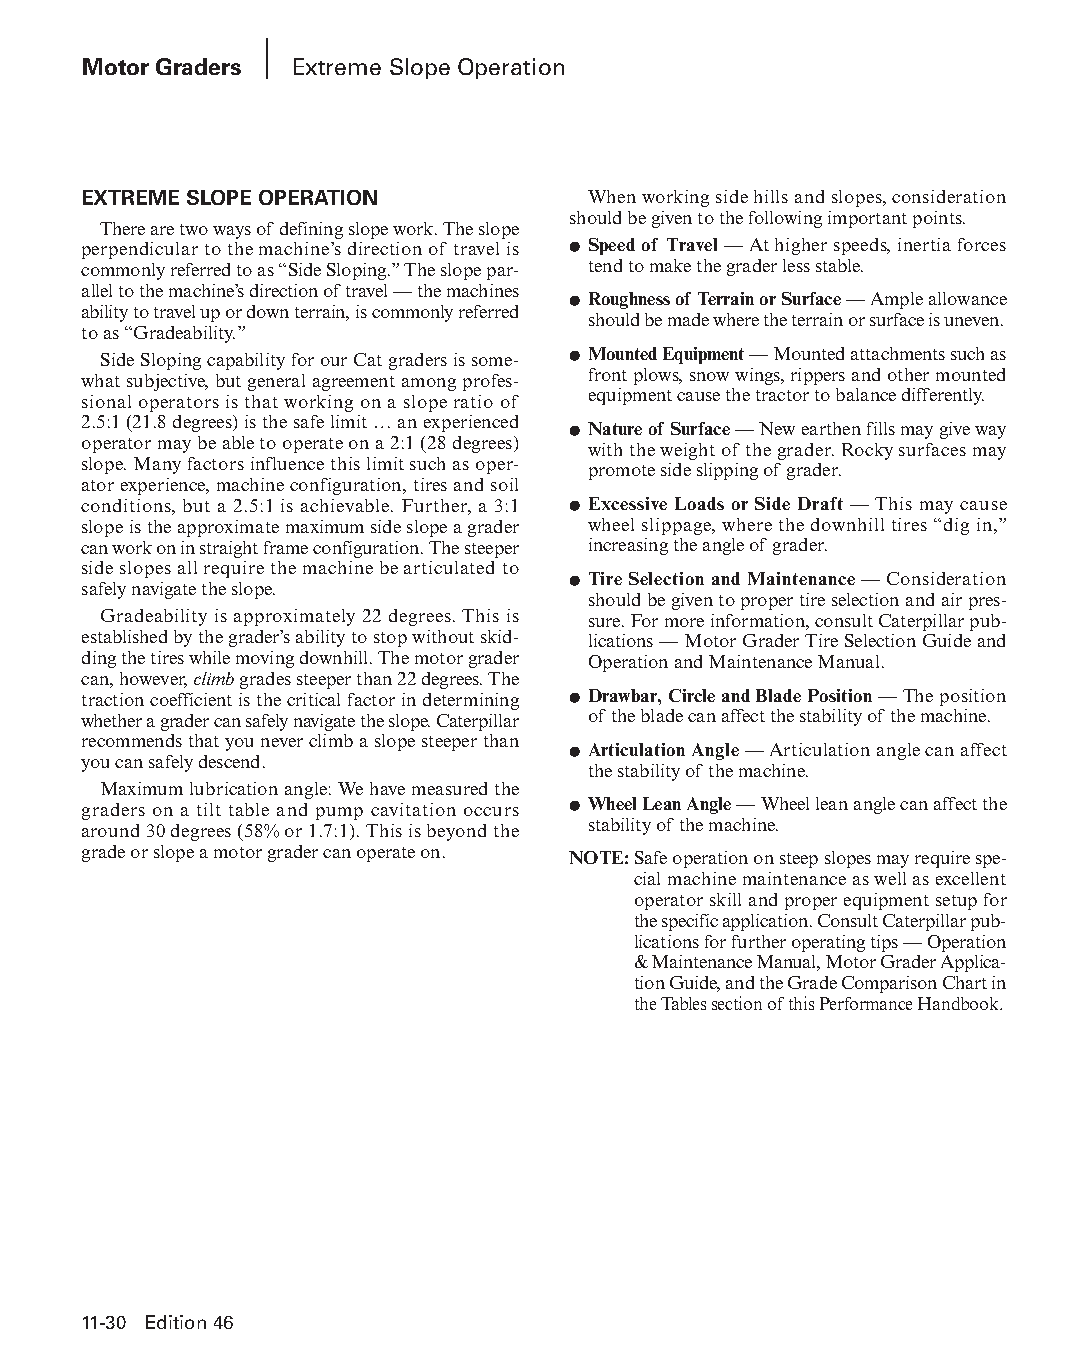
Motor Graders Extreme Slope Operation
 EXTREME SLOPE OPERATION          When working side hills and slopes, consideration
 should be given to the following important points.
 There are two ways of defining slope work. The slope
 perpendicular to the machine’s direction of travel is ● Speed of Travel — At higher speeds, inertia forces
 commonly referred to as “Side Sloping.” The slope par- tend to make the grader less stable.
 al lel to the machine’s direction of travel — the machines
 ● Roughness of Terrain or Surface — Ample allowance
 ability to travel up or down terrain, is com monly referred
 should be made where the terrain or surface is uneven.
 to as “Gradeability.”
 Side Sloping capability for our Cat graders is some- ● Mounted Equipment — Mounted attachments such as
 what subjective, but general agreement among pro fes- front plows, snow wings, rippers and other mounted
 sional operators is that working on a slope ratio of equipment cause the tractor to balance differently.
 2.5:1 (21.8 degrees) is the safe limit … an experienced
 ● Nature of Surface — New earthen fills may give way
 operator may be able to operate on a 2:1 (28 degrees)
 with the weight of the grader. Rocky surfaces may
 slope. Many factors influence this limit such as oper-
 promote side slipping of grader.
 ator experience, machine configuration, tires and soil
 conditions, but a 2.5:1 is achievable. Further, a 3:1 ● Excessive Loads or Side Draft — This may cause
 slope is the approximate maximum side slope a grader wheel slippage, where the downhill tires “dig in,”
 can work on in straight frame configuration. The steeper increasing the angle of grader.
 side slopes all require the machine be articulated to
 ● Tire Selection and Maintenance — Consid eration
 safely navigate the slope.
 should be given to proper tire selection and air pres-
 Gradeability is approximately 22 degrees. This is sure. For more information, consult Caterpillar pub-
 established by the grader’s ability to stop without skid- lications — Motor Grader Tire Selection Guide and
 ding the tires while moving downhill. The motor grader Opera tion and Maintenance Manual.
 can, however, climb grades steeper than 22 degrees. The
 traction coefficient is the critical factor in determining ● Drawbar, Circle and Blade Position — The position
 whether a grader can safely navigate the slope. Caterpillar of the blade can affect the stability of the machine.
 recommends that you never climb a slope steeper than
 ● Articulation Angle — Articulation angle can affect
 you can safely descend.
 the stability of the machine.
 Maximum lubrication angle: We have measured the
 graders on a tilt table and pump cavitation occurs ● Wheel Lean Angle — Wheel lean angle can affect the
 around 30 degrees (58% or 1.7:1). This is beyond the stability of the machine.
 grade or slope a motor grader can operate on.
 NOTE: S afe operation on steep slopes may require spe-
 cial machine maintenance as well as excel lent
 operator skill and proper equipment setup for
 the specific application. Consult Caterpillar pub-
 lications for further operating tips — Opera tion
 & Maintenance Manual, Motor Grader Appli ca-
 tion Guide, and the Grade Com pari son Chart in
 the Tables section of this Perfor mance Hand book.
 11-30 Edition 46
 PPHHBB--SSeecc1111--1166..iinndddd 3300                        1122//44//1155 1100::4466 AAMM